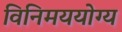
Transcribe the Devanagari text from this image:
विनिमययोग्य